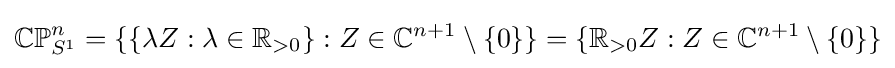
{\mathbb {CP} }_{S^{1}}^{n}=\{\{\lambda Z:\lambda \in \mathbb {R} _{>0}\}:Z\in \mathbb {C} ^{n+1}\setminus \{0\}\}=\{\mathbb {R} _{>0}Z:Z\in \mathbb {C} ^{n+1}\setminus \{0\}\}